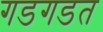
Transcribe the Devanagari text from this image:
गडगडत